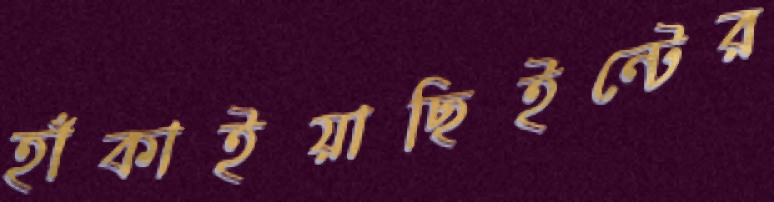
হাঁকাইয়াছিইন্টের